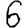
Digit: 6